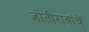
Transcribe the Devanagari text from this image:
जोतीरावांचे